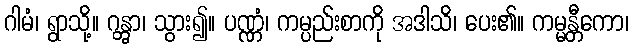
ဂါမံ၊ ရွာသို့။ ဂန္တွာ၊ သွား၍။ ပဏ္ဏံ၊ ကမ္ပည်းစာကို အဒါသိ၊ ပေး၏။ ကမ္မန္တီကော၊